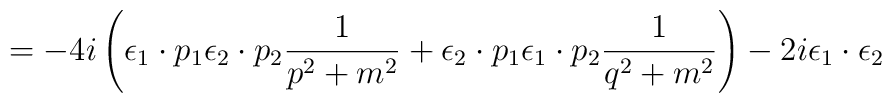
=-4i \left( {\epsilon}_1 \cdot p_1 {\epsilon}_2 \cdot p_2\frac {1} {p^2+m^2} + {\epsilon}_2 \cdot p_1 {\epsilon}_1\cdot p_2 \frac {1} {q^2+m^2} \right) -2i {\epsilon}_1 \cdot{\epsilon}_2